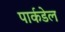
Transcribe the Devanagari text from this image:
पार्कडेल